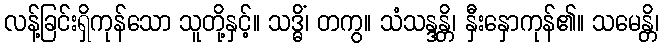
လန့်ခြင်းရှိကုန်သော သူတို့နှင့်။ သဒ္ဓိံ၊ တကွ။ သံသန္ဒန္တိ၊ နှီးနှောကုန်၏။ သမေန္တိ၊